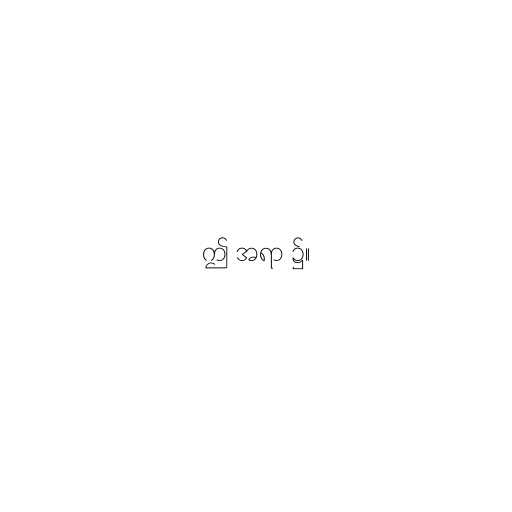
ဤ အရာ ၌။